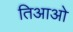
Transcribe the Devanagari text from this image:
तिआओ